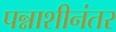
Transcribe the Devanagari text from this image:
पन्नाशीनंतर